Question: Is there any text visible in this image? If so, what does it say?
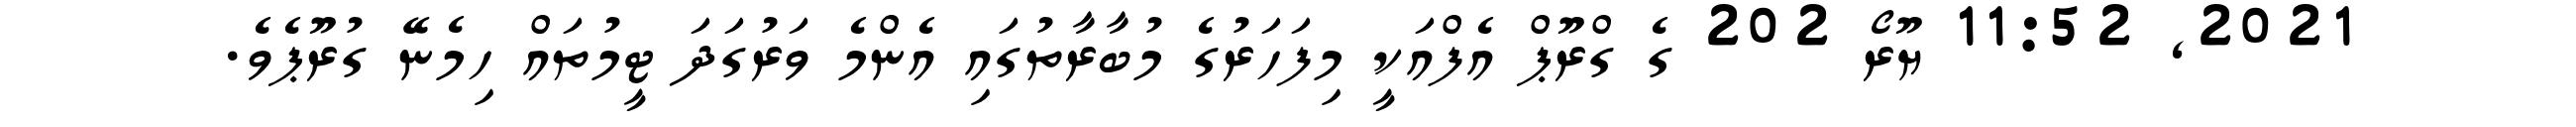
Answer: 2021, 11:52 ޔޫރޯ 202 ގެ ގްރޫޕް އެފްއަކީ މިފަހަރުގެ މުބާރާތުގައި އެންމެ ވަރުގަދަ ޓީމުތައް ހިމެނޭ ގުރޫޕެވެ.